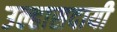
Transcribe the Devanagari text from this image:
उल्हासदायी